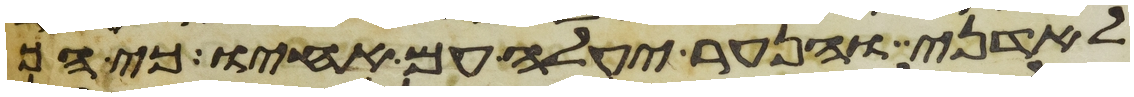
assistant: לאדני והנער יעלה עם אחיו כי